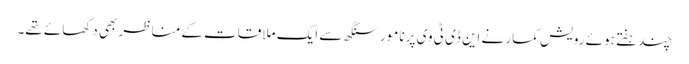
چندہفتے ہوئے رویش کمار نے این ڈی ٹی وی پر نامور سنگھ سے ایک ملاقات کے مناظر بھی دکھائے تھے۔